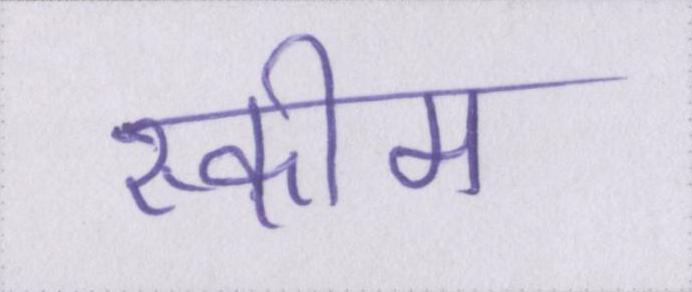
स्कीम